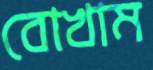
বোখাম